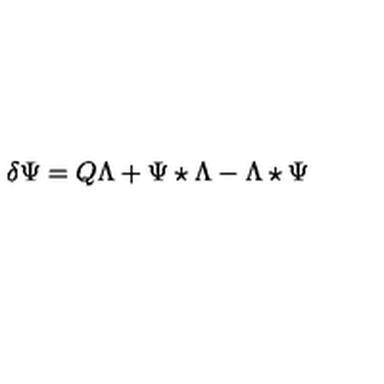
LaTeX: \delta \Psi = Q \Lambda + \Psi \star \Lambda - \Lambda \star \Psi